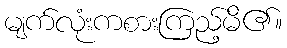
မျက်လုံးကစားကြည့်မိ၏။